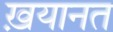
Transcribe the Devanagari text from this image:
ख़यानत